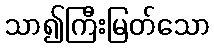
သာ၍ကြီးမြတ်သော